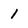
Character: 1